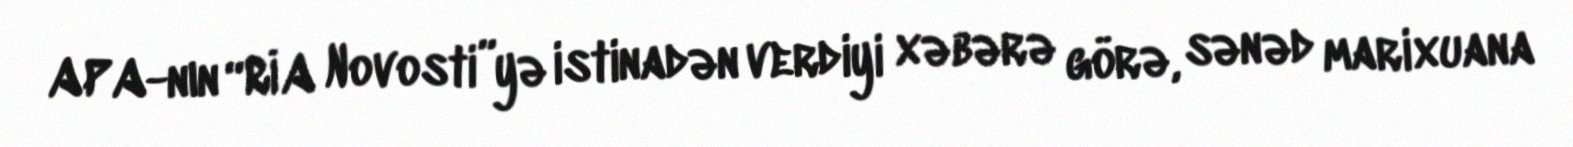
APA-nın “RİA Novosti”yə istinadən verdiyi xəbərə görə, sənəd marixuana